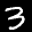
Label: 3